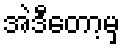
အဲဒီတော့မှ